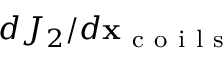
d J _ { 2 } / d \mathbf x _ { \mathrm { ~ c ~ o ~ i ~ l ~ s ~ } }